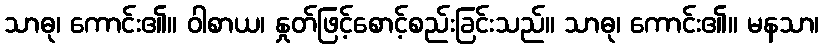
သာဓု၊ ကောင်း၏။ ဝါစာယ၊ နှုတ်ဖြင့်စောင့်စည်းခြင်းသည်။ သာဓု၊ ကောင်း၏။ မနသာ၊